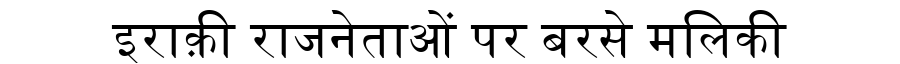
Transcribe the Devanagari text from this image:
इराक़ी राजनेताओं पर बरसे मलिकी